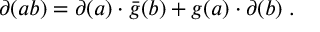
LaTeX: \partial ( a b ) = \partial ( a ) \cdot \bar { g } ( b ) + g ( a ) \cdot \partial ( b ) \; .